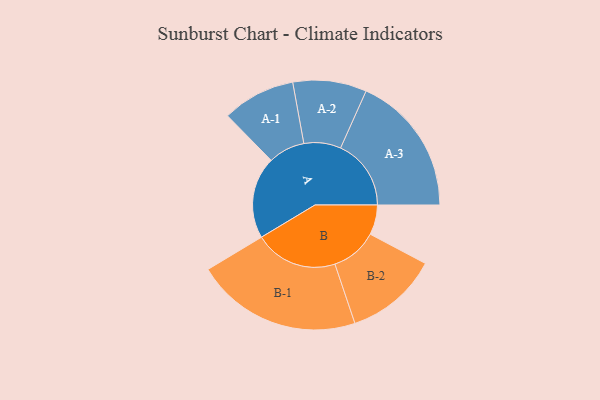
{"axis": {"x": "Segment", "y": "Value"}, "legend": ["", "A", "B"], "data": [{"x": "A", "y": 280, "type": ""}, {"x": "B", "y": 102, "type": ""}, {"x": "A-1", "y": 125, "type": "A"}, {"x": "A-2", "y": 126, "type": "A"}, {"x": "A-3", "y": 241, "type": "A"}, {"x": "B-1", "y": 284, "type": "B"}, {"x": "B-2", "y": 159, "type": "B"}]}